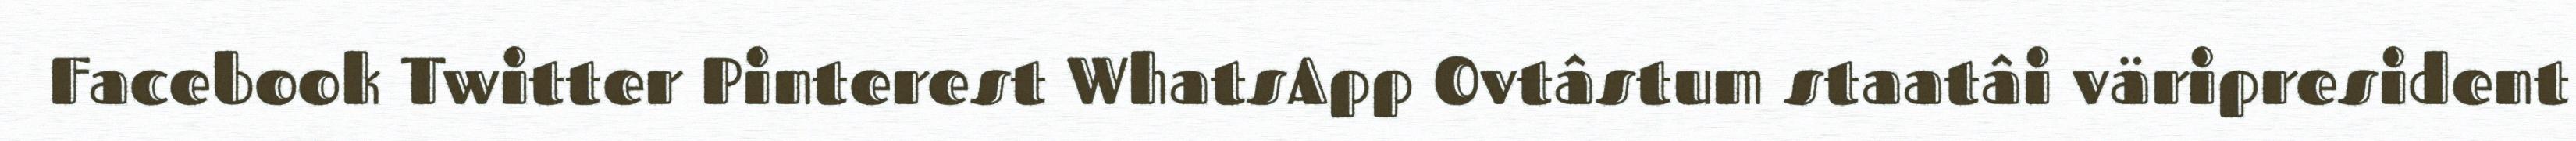
Facebook Twitter Pinterest WhatsApp Ovtâstum staatâi väripresident